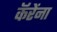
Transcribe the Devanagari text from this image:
कॅरेंना